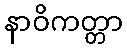
နာဝိကတ္တာ